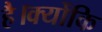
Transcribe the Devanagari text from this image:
है।क्योंकि